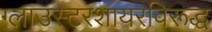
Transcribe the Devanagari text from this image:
ग्लाउस्टरशायरविरूद्ध